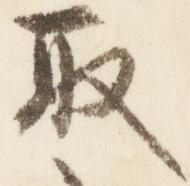
取